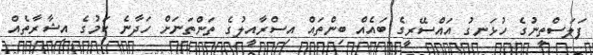
ފަލަސްތީނުގެ ހުޅަނގު އައްސޭރީގެ ބައެއް ބިންތައް އިސްރާއީލުގެ ތަންތަނަށް ހަދާނެ ކަމުގެ އިޝާރާތެއް